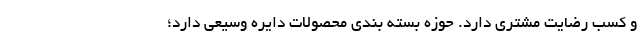
و کسب رضایت مشتری دارد. حوزه بسته ‌بندی محصولات دایره وسیعی دارد؛